Annual report of lunatic asylums [Bombay] - 1912-1922
Year: 1912
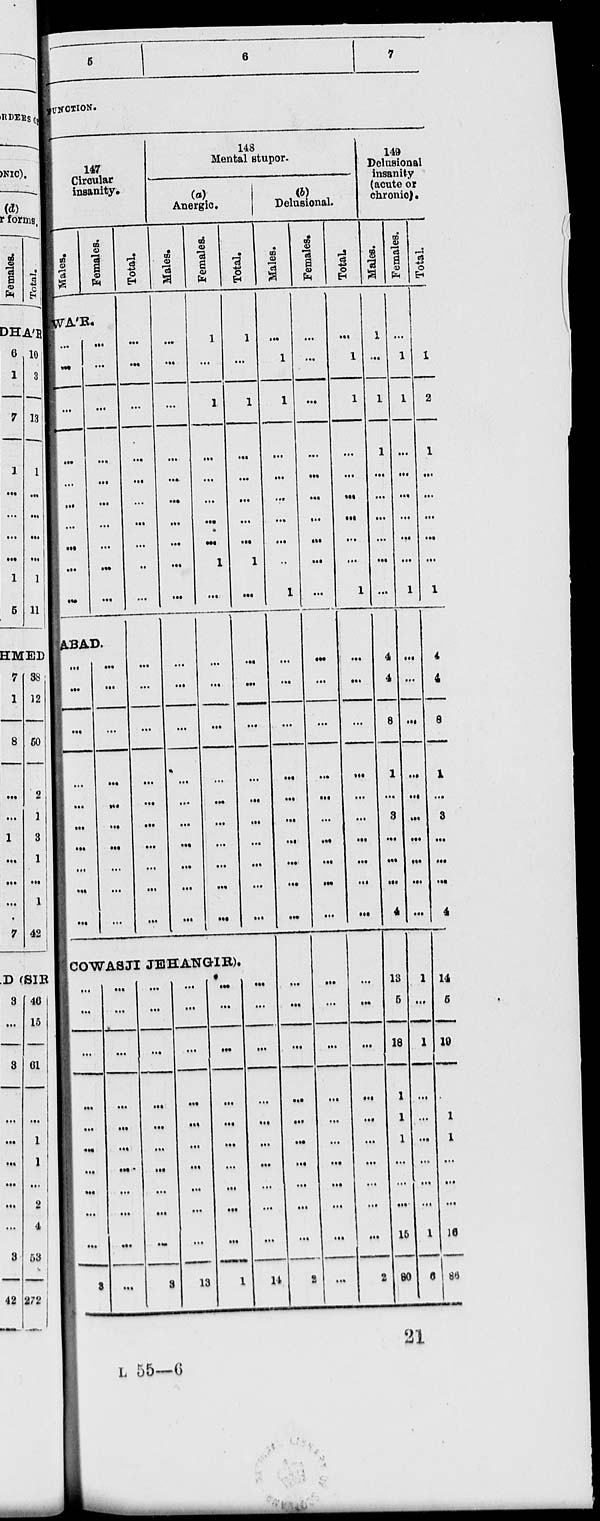
5
6
7
FUNCTION.
147
Circular
insanity.
Males.
Females.
WA'R
...
...
...
...
...
...
...
...
...
...
...
...
...
...
...
...
...
...
...
...
ABAD.
...
...
...
...
...
...
...
...
...
...
...
...
...
...
...
...
...
...
...
Total.
...
...
...
...
...
...
...
...
...
...
...
...
...
...
...
...
...
...
...
...
148
Mental stupor.
(a)
Anergic.
Males.
...
...
...
...
...
...
...
...
...
...
...
...
...
...
...
...
...
...
...
...
Females.
1
...
1
...
...
...
...
...
1
...
...
...
...
...
...
...
...
...
...
...
COWASJI JEHANGIR).
...
...
...
...
...
...
...
...
...
...
3
...
...
...
...
...
...
...
...
...
...
...
...
...
...
...
...
...
...
...
...
3
...
...
...
...
...
...
...
...
...
...
13
...
...
...
...
...
...
...
...
...
...
1
Total.
1
...
1
...
...
...
...
...
1
...
...
...
...
...
...
...
...
...
...
...
...
...
...
...
...
...
...
...
...
...
14
Delusional.
Males.
...
1
1
...
...
...
...
...
...
1
...
...
...
...
...
...
...
...
...
...
...
...
...
...
...
...
...
...
...
...
2
Females.
...
...
...
...
...
...
...
...
...
...
...
...
...
...
...
...
...
...
...
...
...
...
...
...
...
...
...
...
...
...
...
Total.
...
1
1
...
...
...
...
...
...
1
...
...
...
...
...
...
...
...
...
...
...
...
...
...
...
...
...
...
...
2
149
Delusional
insanity
(acute or
chronic).
Males.
1
...
1
1
...
...
...
...
...
...
4
4
8
1
...
3
...
...
...
4
13
5
18
1
1
1
...
...
...
15
80
Females.
...
1
1
...
...
...
...
...
...
1
...
...
...
...
...
...
...
...
...
...
1
...
1
...
...
...
...
...
...
1
6
Total.
1
1
2
1
...
...
...
...
...
1
4
4
8
1
...
3
...
...
...
4
14
5
19
1
1
...
...
...
16
86
21
L 55—6